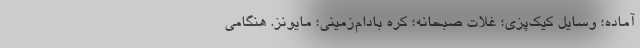
‌آماده؛ وسایل کیک‌پزی؛ غلات صبحانه؛ کره بادام‌زمینی؛ مایونز. هنگامی